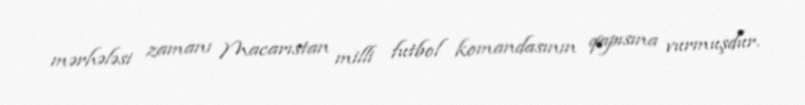
mərhələsi zamanı Macarıstan milli futbol komandasının qapısına vurmuşdur.